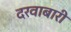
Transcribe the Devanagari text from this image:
दरवाबारी